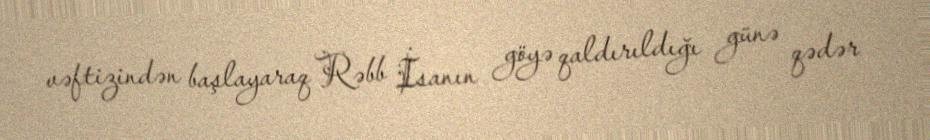
vəftizindən başlayaraq Rəbb İsanın göyə qaldırıldığı günə qədər